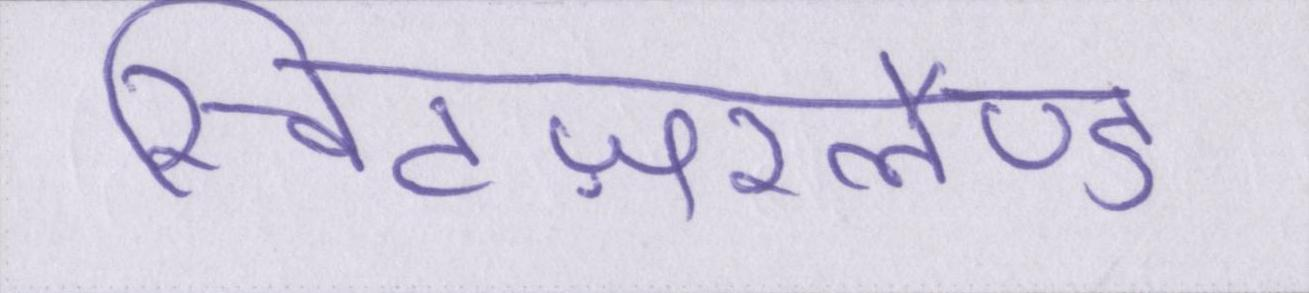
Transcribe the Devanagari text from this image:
स्विटज़रलैण्ड